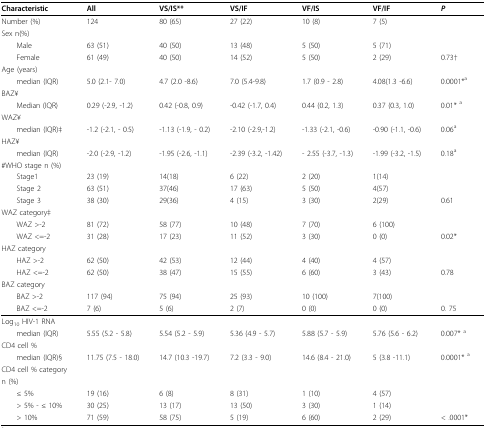
<table><thead><tr><td><b>Characteristic</b></td><td><b>All</b></td><td><b>VS/IS**</b></td><td><b>VS/IF</b></td><td><b>VF/IS</b></td><td><b>VF/IF</b></td><td><b><i>P</i></b></td></tr></thead><tbody><tr><td>Number (%)</td><td>124</td><td>80 (65)</td><td>27 (22)</td><td>10 (8)</td><td>7 (5)</td><td></td></tr><tr><td>Sex n(%)</td><td></td><td></td><td></td><td></td><td></td><td></td></tr><tr><td> Male</td><td>63 (51)</td><td>40 (50)</td><td>13 (48)</td><td>5 (50)</td><td>5 (71)</td><td></td></tr><tr><td> Female</td><td>61 (49)</td><td>40 (50)</td><td>14 (52)</td><td>5 (50)</td><td>2 (29)</td><td>0.73†</td></tr><tr><td>Age (years)</td><td></td><td></td><td></td><td></td><td></td><td></td></tr><tr><td>median (IQR)</td><td>5.0 (2.1- 7.0)</td><td>4.7 (2.0 -8.6)</td><td>7.0 (5.4-9.8)</td><td>1.7 (0.9 - 2.8)</td><td>4.08(1.3 -6.6)</td><td>0.0001*<sup>a</sup></td></tr><tr><td>BAZ¥</td><td></td><td></td><td></td><td></td><td></td><td></td></tr><tr><td>Median (IQR)</td><td>0.29 (-2.9, -1.2)</td><td>0.42 (-0.8, 0.9)</td><td>-0.42 (-1.7, 0.4)</td><td>0.44 (0.2, 1.3)</td><td>0.37 (0.3, 1.0)</td><td>0.01*<sup> a</sup></td></tr><tr><td>WAZ¥</td><td></td><td></td><td></td><td></td><td></td><td></td></tr><tr><td> median (IQR)‡</td><td>-1.2 (-2.1, - 0.5)</td><td>-1.13 (-1.9, - 0.2)</td><td>-2.10 (-2.9,-1.2)</td><td>-1.33 (-2.1, -0.6)</td><td>-0.90 (-1.1, -0.6)</td><td>0.06<sup>a</sup></td></tr><tr><td>HAZ¥</td><td></td><td></td><td></td><td></td><td></td><td></td></tr><tr><td> median (IQR)</td><td>-2.0 (-2.9, -1.2)</td><td>-1.95 (-2.6, -1.1)</td><td>-2.39 (-3.2, -1.42)</td><td>- 2.55 (-3.7, -1.3)</td><td>-1.99 (-3.2, -1.5)</td><td>0.18<sup>a</sup></td></tr><tr><td>#WHO stage n (%)</td><td></td><td></td><td></td><td></td><td></td><td></td></tr><tr><td> Stage1</td><td>23 (19)</td><td>14(18)</td><td>6 (22)</td><td>2 (20)</td><td>1(14)</td><td></td></tr><tr><td> Stage 2</td><td>63 (51)</td><td>37(46)</td><td>17 (63)</td><td>5 (50)</td><td>4(57)</td><td></td></tr><tr><td> Stage 3</td><td>38 (30)</td><td>29(36)</td><td>4 (15)</td><td>3 (30)</td><td>2(29)</td><td>0.61</td></tr><tr><td>WAZ category‡</td><td></td><td></td><td></td><td></td><td></td><td></td></tr><tr><td> WAZ &gt;-2</td><td>81 (72)</td><td>58 (77)</td><td>10 (48)</td><td>7 (70)</td><td>6 (100)</td><td></td></tr><tr><td> WAZ &lt;=-2</td><td>31 (28)</td><td>17 (23)</td><td>11 (52)</td><td>3 (30)</td><td>0 (0)</td><td>0.02*</td></tr><tr><td>HAZ category</td><td></td><td></td><td></td><td></td><td></td><td></td></tr><tr><td> HAZ &gt;-2</td><td>62 (50)</td><td>42 (53)</td><td>12 (44)</td><td>4 (40)</td><td>4 (57)</td><td></td></tr><tr><td> HAZ &lt;=-2</td><td>62 (50)</td><td>38 (47)</td><td>15 (55)</td><td>6 (60)</td><td>3 (43)</td><td>0.78</td></tr><tr><td>BAZ category</td><td></td><td></td><td></td><td></td><td></td><td></td></tr><tr><td> BAZ &gt;-2</td><td>117 (94)</td><td>75 (94)</td><td>25 (93)</td><td>10 (100)</td><td>7(100)</td><td></td></tr><tr><td> BAZ &lt;=-2</td><td>7 (6)</td><td>5 (6)</td><td>2 (7)</td><td>0 (0)</td><td>0 (0)</td><td>0. 75</td></tr><tr><td>Log<sub>10 </sub>HIV-1 RNA</td><td></td><td></td><td></td><td></td><td></td><td></td></tr><tr><td> median (IQR)</td><td>5.55 (5.2 - 5.8)</td><td>5.54 (5.2 - 5.9)</td><td>5.36 (4.9 - 5.7)</td><td>5.88 (5.7 - 5.9)</td><td>5.76 (5.6 - 6.2)</td><td>0.007*<sup> a</sup></td></tr><tr><td>CD4 cell %</td><td></td><td></td><td></td><td></td><td></td><td></td></tr><tr><td> median (IQR)§</td><td>11.75 (7.5 - 18.0)</td><td>14.7 (10.3 -19.7)</td><td>7.2 (3.3 - 9.0)</td><td>14.6 (8.4 - 21.0)</td><td>5 (3.8 -11.1)</td><td>0.0001*<sup> a</sup></td></tr><tr><td>CD4 cell % category</td><td></td><td></td><td></td><td></td><td></td><td></td></tr><tr><td>n (%)</td><td></td><td></td><td></td><td></td><td></td><td></td></tr><tr><td> ≤ 5%</td><td>19 (16)</td><td>6 (8)</td><td>8 (31)</td><td>1 (10)</td><td>4 (57)</td><td></td></tr><tr><td> &gt; 5% - ≤ 10%</td><td>30 (25)</td><td>13 (17)</td><td>13 (50)</td><td>3 (30)</td><td>1 (14)</td><td></td></tr><tr><td> &gt; 10%</td><td>71 (59)</td><td>58 (75)</td><td>5 (19)</td><td>6 (60)</td><td>2 (29)</td><td>&lt; .0001*</td></tr></tbody></table>